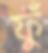
ফুঁ